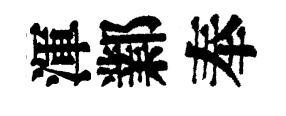
渾鄴奉